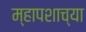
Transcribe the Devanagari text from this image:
म्हापशाच्या